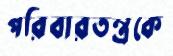
পরিবারতন্ত্রকে